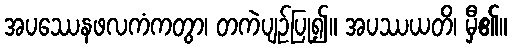
အပဿေနဖလကံကတွာ၊ တကဲပျဉ်ပြု၍။ အပဿယတိ၊ မှီ၏။